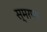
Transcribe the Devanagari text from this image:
स्मरणा